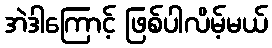
အဲဒါကြောင့် ဖြစ်ပါလိမ့်မယ်